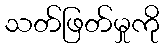
သတ်ဖြတ်မှုကို